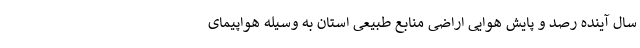
سال آینده رصد و پایش هوایی اراضی منابع طبیعی استان به وسیله هواپیمای